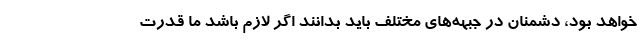
خواهد بود، دشمنان در جبهه‌های مختلف باید بدانند اگر لازم باشد ما قدرت